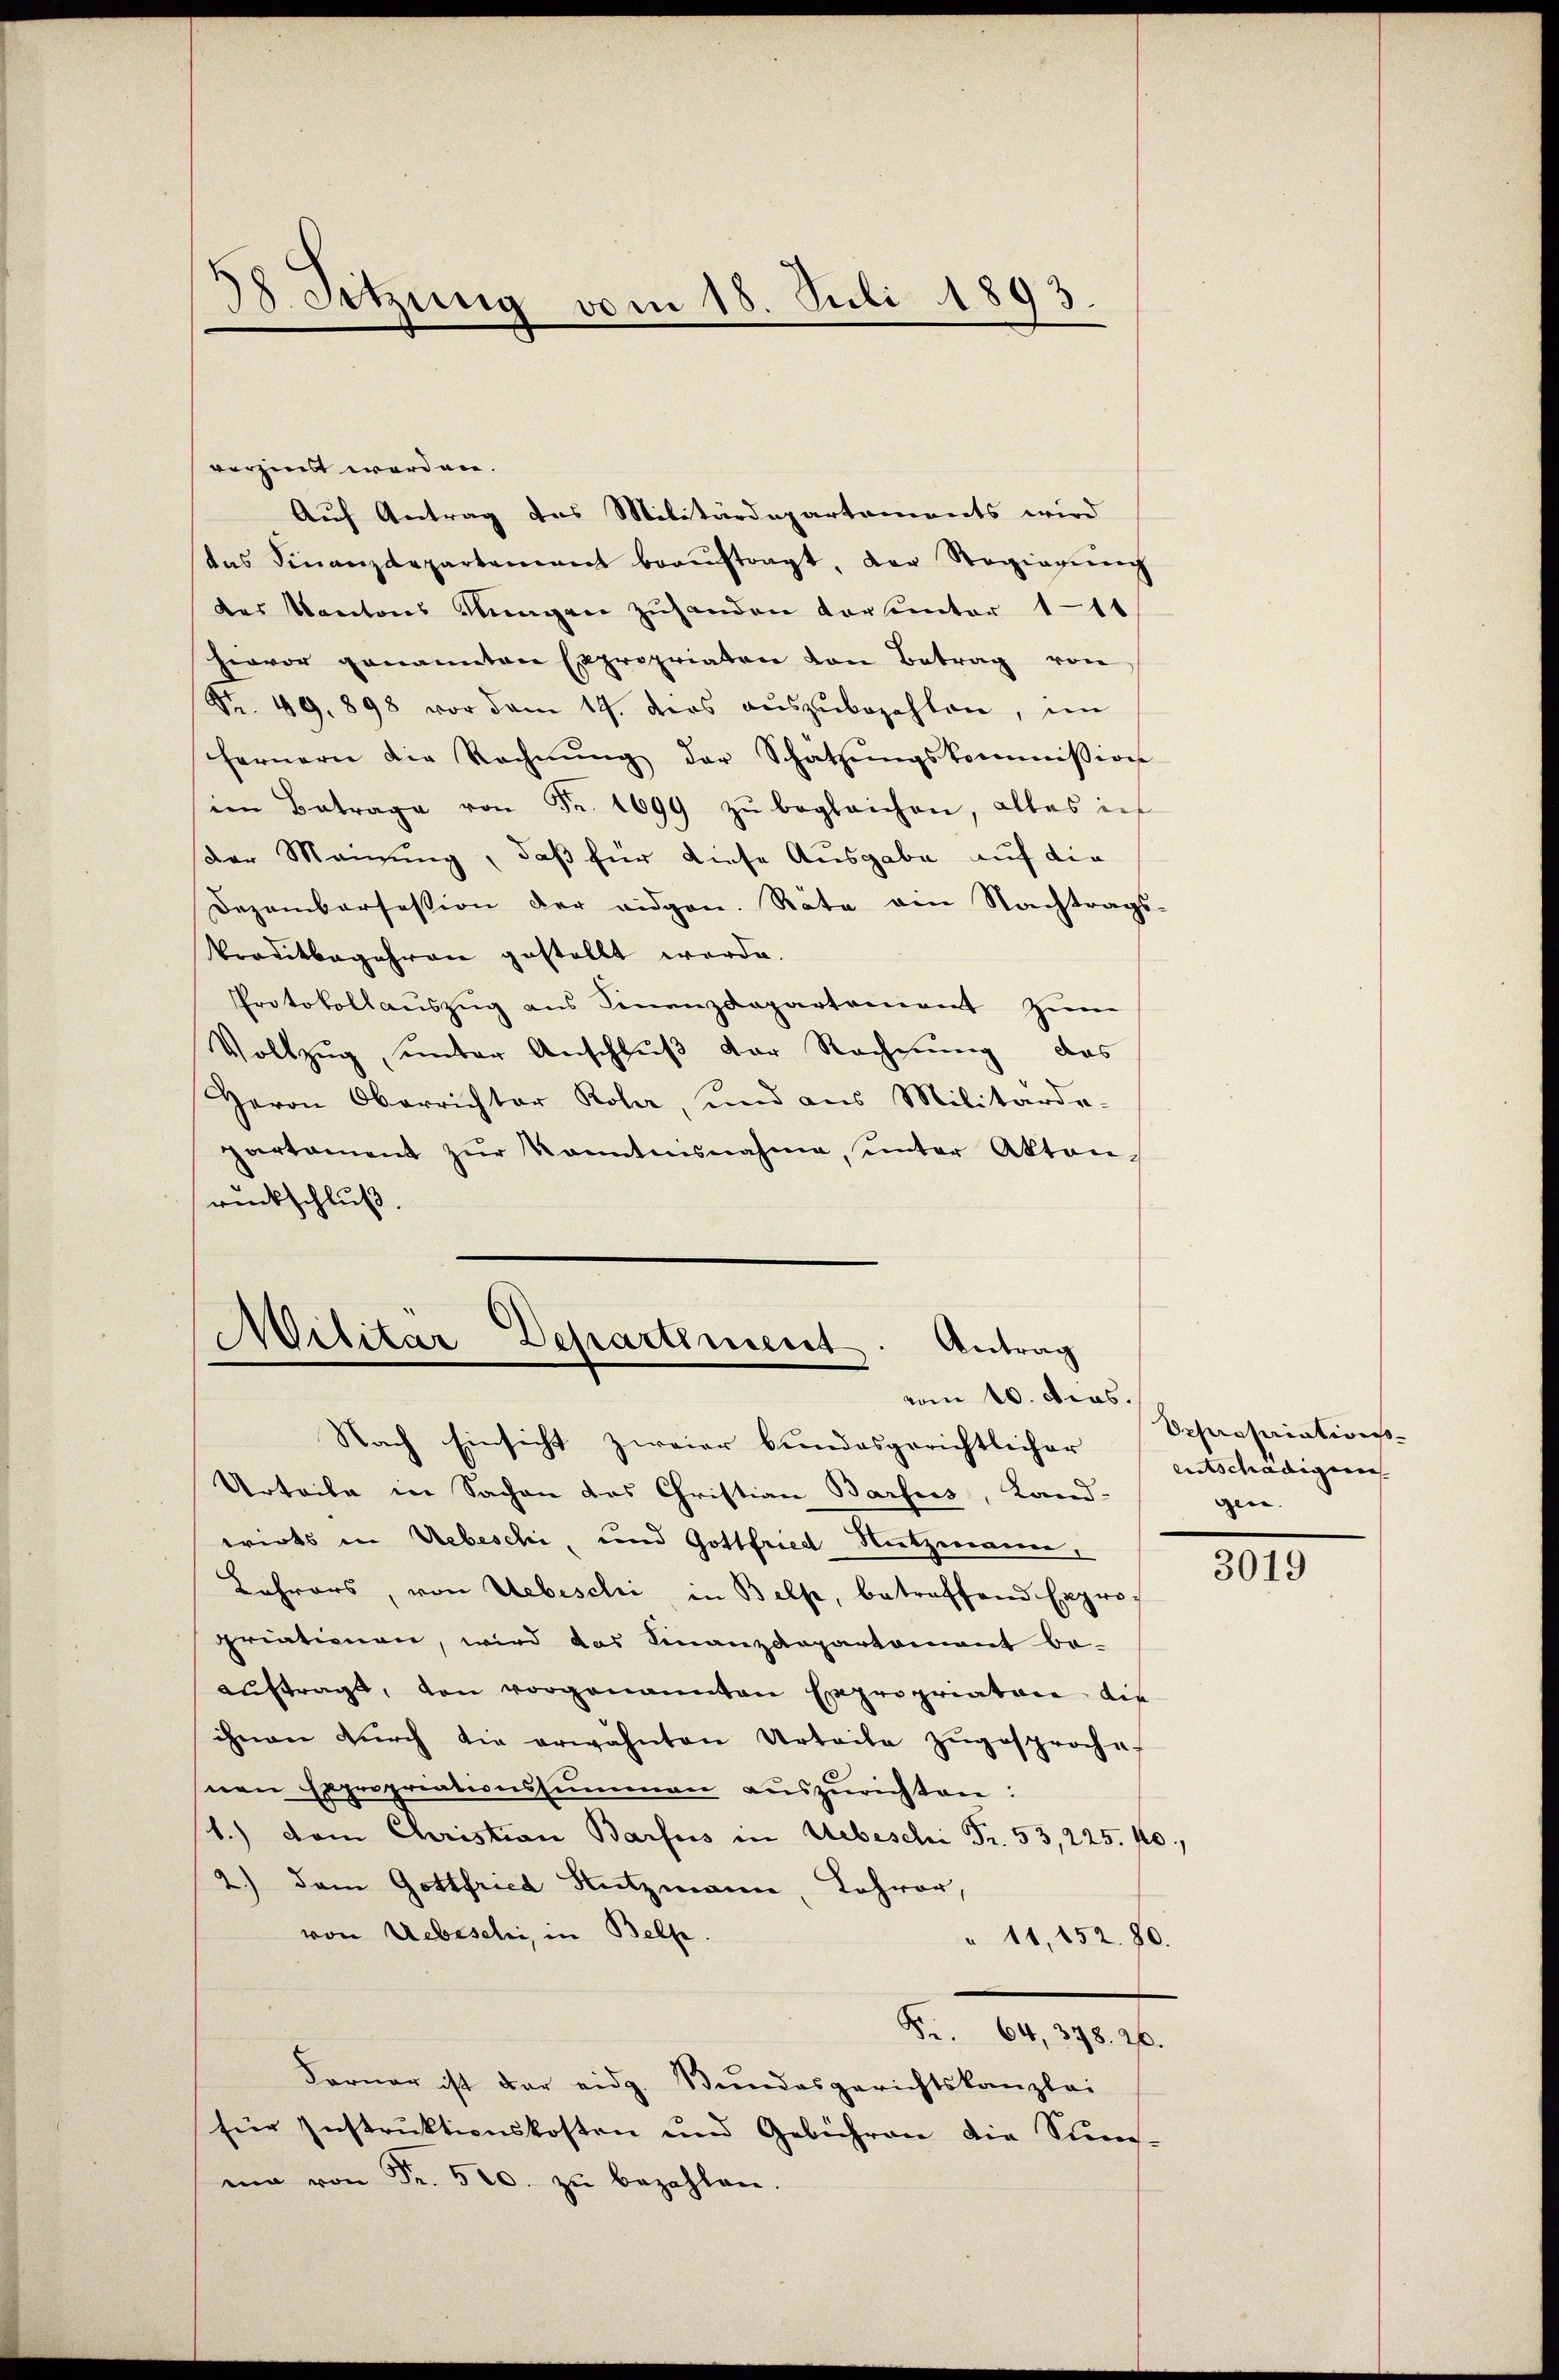
x
38. Sitzung vom 18. Juli 1893.

verzinst worden.
Auf Antrag des Militärdepartements wird
das Finanzdepartement beaŭftragt, der Regierŭng
des Kantons Hungen zuhanden Vorunter 111
hervor genannten Expropriaten von Betrag von
Nr. 49. 898 vor dem 19. ders aŭszŭbezahlen, im
fernern die Rechnŭng der Schatzŭngskommission
im Betrage von Fr. 1699 zŭ begleichen, alles ich
der Meinung, daß für diese Ausgabe auf die
Dezembersession der eidgen. Räte ein Nachtrags-
Traditbegehren gestellt werde.
Protokollauszug aus Finanzdepartement zum
Vollzug, unter Anschluß der Rechnung, das
Herrn Oberrichter Rohr, und aus Militärde-
partament zŭr Kenntnisnahme, unter Aktenrückschluß.

Militar Departiment
Antrag
vom 10. dies.

Nach Einsicht zweier bundesgerichtlicher entschädigung
Urteile in Sachen das Christian Barfus, Land-
wirks in Uebeschi, und Gottfried-Nietzmann,
Lehrers, von Uebeschi in Belp, betreffend Expro-
priationen, wird das Finanzdepartement be-
auftragt, von vorgenannten Expropriatore die
ihnen dŭrch die erwähnten Urteile zŭgesproche
nen Expropriationssummen auszurichten:
b.) vom Christian Barfes in Uebeschi Fr. 53,225. 10
2.) Dem Gottfried Nutzmann, Lehrer,
von Uebeschi, in Belle.
" 11,152. 80.
F. 64, 378. 26.
Forner ist der eidg. Bundesgerichtskanzlei
für Instruktionskosten und Gebühren die Sums-
ma von Fr. 500. zŭ bezahlen.

Opprosaiationsgen. |

3019